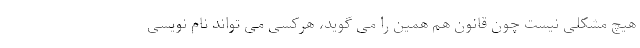
هیچ مشکلی نیست چون قانون هم همین را می گوید، هرکسی می تواند نام نویسی